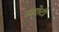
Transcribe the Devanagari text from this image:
ख़रोटी